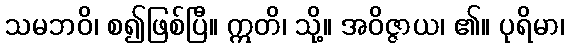
သမဘဝိ၊ စ၍ဖြစ်ပြီ။ ဣတိ၊ သို့။ အဝိဇ္ဇာယ၊ ၏။ ပုရိမာ၊